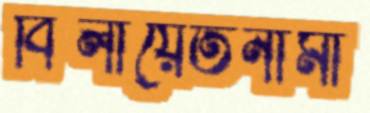
বিলায়েতনামা